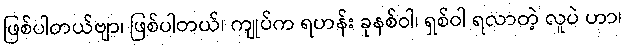
ဖြစ်ပါတယ်ဗျာ၊ ဖြစ်ပါတယ်၊ ကျုပ်က ရဟန်း ခုနစ်ဝါ၊ ရှစ်ဝါ ရလာတဲ့ လူပဲ ဟာ၊